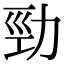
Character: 勁